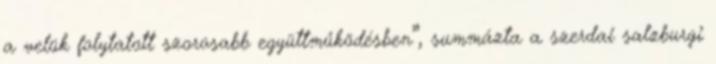
a velük folytatott szorosabb együttműködésben”, summázta a szerdai salzburgi